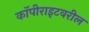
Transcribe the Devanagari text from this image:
कॉपीराइटवरील